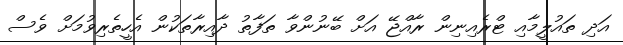
އަދި ތައުލީމާއި ޓްރެއިނިން ރާއްޖޭ އަށް ބޭނުންވާ ތަފާތު ދާއިރާތަކުން އެހީތެރިވުމަށް ވެސް